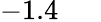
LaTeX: -1.4\hphantom{000}